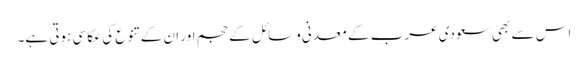
اس سے بھی سعودی عرب کے معدنی وسائل کے حجم اور ان کے تنوع کی عکاسی ہوتی ہے۔